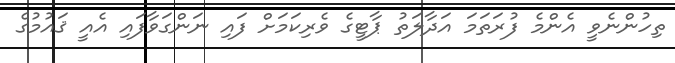
ތިހުންނެވީ އެންމެ ފުރަތަމަ އަދާލަތު ޕާޓީގެ ވެރިކަމަށް ފައި ނަންގަވާފައި އެއީ ޤައުމުގެ